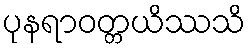
ပုနရာဝတ္တယိဿသိ